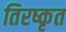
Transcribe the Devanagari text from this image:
तिरष्कृत